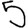
Digit: 5